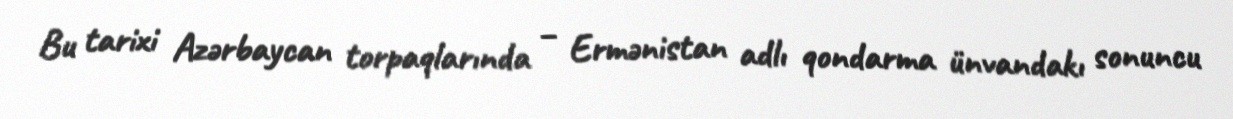
Bu tarixi Azərbaycan torpaqlarında – Ermənistan adlı qondarma ünvandakı sonuncu